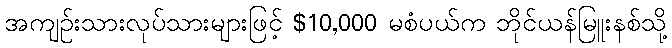
အကျဉ်းသားလုပ်သားများဖြင့် $10,000 မစံပယ်က ဘိုင်ယန်မြူးနစ်သို့